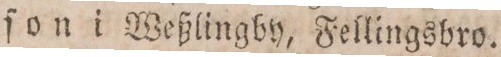
ſon i Weßlingby, Fellingsbro.